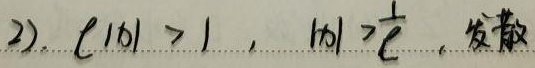
2). $\ell|x| > 1$, $|x| > \frac{1}{\ell}$, 发散